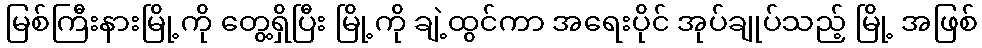
မြစ်ကြီးနားမြို့ကို တွေ့ရှိပြီး မြို့ကို ချဲ့ထွင်ကာ အရေးပိုင် အုပ်ချုပ်သည့် မြို့ အဖြစ်